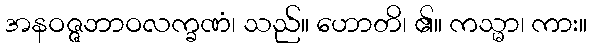
အနဝဇ္ဇဘာဝလက္ခဏံ၊ သည်။ ဟောတိ၊ ၏။ ကသ္မာ၊ ကား။